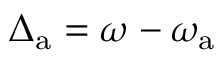
\Delta _ { \mathrm { a } } = \omega - \omega _ { \mathrm { a } }